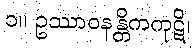
၁။ ဥဿာဝနန္တိကကုဋိ၊